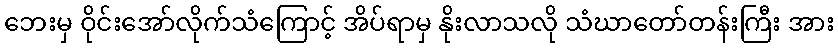
ဘေးမှ ဝိုင်းအော်လိုက်သံကြောင့် အိပ်ရာမှ နိုးလာသလို သံဃာတော်တန်းကြီး အား